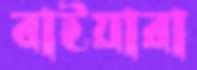
বাইয়ারা